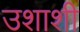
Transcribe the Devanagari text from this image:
उशाशी